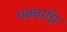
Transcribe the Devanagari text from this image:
पक्वाग्नि